system: You are a helpful assistant.
user:
Analyze the provided spectrum to determine if it is a **White Dwarf (WD)**.

A White Dwarf spectrum is defined by its **extreme purity** (due to gravitational settling) and/or **extreme pressure broadening** (due to high surface gravity). You must check for one of the following mutually exclusive signatures:

- **Key Visual Indicators (Check for ONE of these types):**

    - **1. DA-Type Signature (Most Common):**
        - **(Primary Feature):** Extreme pressure broadening (Stark broadening) of the **Hydrogen (H) Balmer lines**.
        - **(Key Lines):** $H\beta$ (approx. $4861$ Å) and $H\gamma$ (approx. $4340$ Å). $H\alpha$ (approx. $6563$ Å) will also be present if the wavelength range covers it.
        - **(Line Profile):** This is the **defining feature**. The lines are **NOT** sharp. They appear as massive, **extremely broad and deep "troughs" or "dips"** in the spectrum, often hundreds of Ångströms wide. The continuum will appear to "scoop" down at these wavelengths.
        - **(Distinction):** Normal A-type or B-type stars have *narrow* and *sharp* Hydrogen lines. A DA White Dwarf's lines are unmistakably "smeared" or "blurry" from pressure.

    - **2. DB-Type Signature:**
        - **(Primary Feature):** Broad absorption lines from **Neutral Helium (He I)**. The spectrum must lack any visible Hydrogen lines.
        - **(Key Lines):** Look for broad absorption near $4471$ Å, $4921$ Å, and $5876$ Å.
        - **(Line Profile):** These lines are also significantly pressure-broadened, appearing much wider than they would in a normal B-type main-sequence star.

    - **3. DC-Type Signature:**
        - **(Primary Feature):** A **featureless continuous spectrum**.
        - **(Line Profile):** The spectrum is a smooth curve with **no significant absorption or emission lines**.
        - **(Key Confirmation):** The continuum is almost always **blue or white**, indicating a hot object. This signature implies the atmosphere is so pure (or so cool) that no spectral lines are visible in the optical range. Its WD identity is confirmed by its extremely low intrinsic brightness (high absolute magnitude).

    - **4. DZ-Type Signature (Metal-Polluted):**
        - **(Primary Feature):** **Isolated, narrow metal absorption lines** on an otherwise featureless (DC-like) continuum.
        - **(Key Lines):** The **Calcium (Ca II) H & K doublet** (approx. **$3934$ Å** and **$3968$ Å**) is the most common and defining feature.
        - **(Line Profile):** These lines are "out of place." They are *not* part of a "forest" of thousands of lines. This signature is evidence of recent *accretion* (pollution) from rocky debris.
        - **(Distinction):** Normal G/K/M stars have a *dense forest* of thousands of metal lines. A DZ has a *clean* continuum with *only a few* strong metal lines.

    - **5. DQ-Type Signature (Carbon-Polluted):**
        - **(Primary Feature):** Absorption bands from **Carbon (C₂ "Swan Bands" or atomic C I)**.
        - **(Key Lines - C₂):** Look for bandheads with a "saw-tooth" shape near $5635$ Å, **$5165$ Å** (strongest), and $4737$ Å.
        - **(Key Confirmation):** The underlying **continuum must be blue or white** (hot).
        - **(Distinction):** This is the critical difference from a **Carbon Star**, which has the *exact same* C₂ bands but on an extremely **red, cool** continuum.

- **(Overall Spectrum):**
    - The continuum (overall shape) is typically **blue-sloping** (brighter in the blue than the red), as most white dwarfs are very hot.
    - The spectrum will look "pure" or "simple," dominated by only *one* of the five signatures listed above.

Think first, call **spectral_visualization_tool** if needed to examine features in detail, then provide your final answer. Your response must adhere to the following strict rules:
1.  **Overall Structure:** Your response must follow the format `<think>...</think> <tool_call>...</tool_call> (if a tool is used) <answer>...</answer>`.
2.  **Tool Usage Constraint:** You may only make **one** tool call per turn.
3.  **Final Answer Format:** In the `<answer>` tag, your conclusion must be inside a `\boxed{}` command (e.g., `\boxed{YES}` or `\boxed{NO}`), followed by your justification.

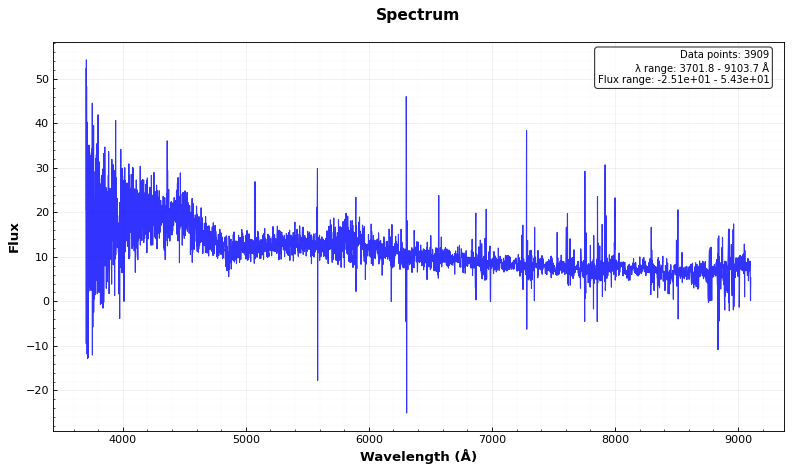
Answer: NO